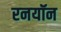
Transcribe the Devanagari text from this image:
रनयॉन